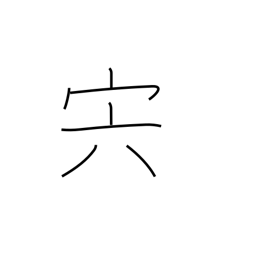
Meaning: meat